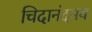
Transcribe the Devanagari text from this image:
चिदानंदमय